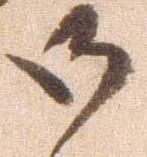
御